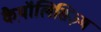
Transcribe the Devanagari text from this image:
कैथ़ॉलिसिज़्म